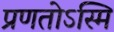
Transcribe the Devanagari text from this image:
प्रणतोऽस्मि